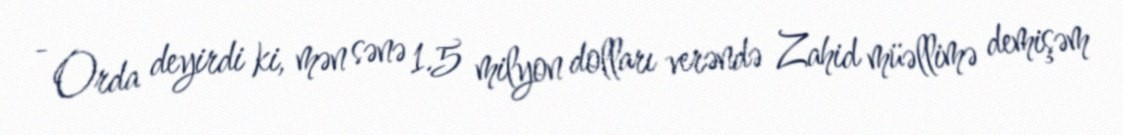
- Orda deyirdi ki, mən sənə 1.5 milyon dolları verəndə Zahid müəllimə demişəm